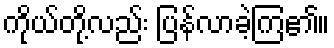
ကိုယ်တို့လည်း ပြန်လာခဲ့ကြ၏။